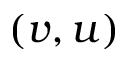
( v , u )